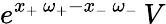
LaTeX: e^{x_{+}\, \omega_{+}-x_{-}\, \omega_{-}}\, V